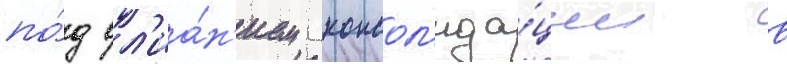
по́д вл'иа́н'ием консол'ида́ции в